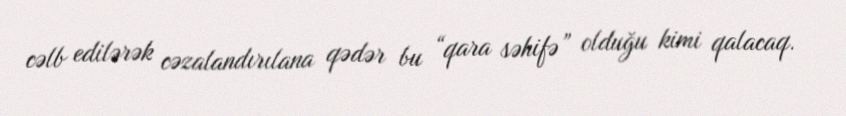
cəlb edilərək cəzalandırılana qədər bu “qara səhifə” olduğu kimi qalacaq.